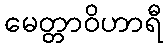
မေတ္တာဝိဟာရီ